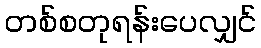
တစ်စတုရန်းပေလျှင်